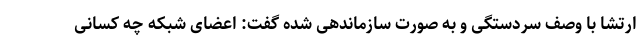
ارتشا با وصف سردستگی و به صورت سازماندهی شده گفت: اعضای شبکه چه کسانی